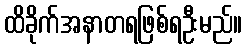
ထိခိုက်အနာတရဖြစ်ရဦးမည်။